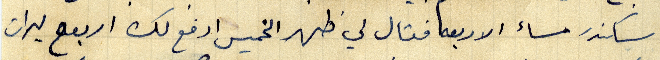
اسكندر مساء الاربعه فقال لي ظهر الخميس ادفع لك اربعع ليرات